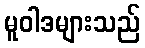
မူဝါဒများသည်